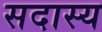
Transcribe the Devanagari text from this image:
सदास्य